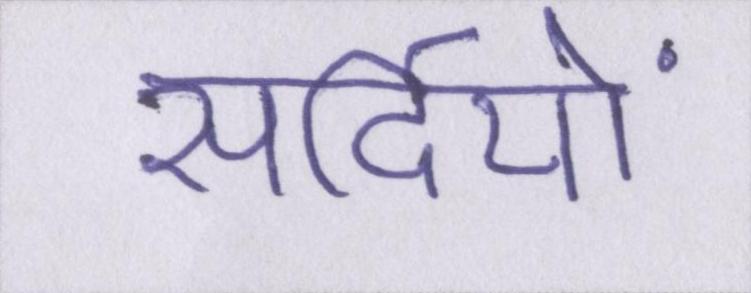
सर्दियों